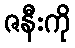
ဇနီးကို